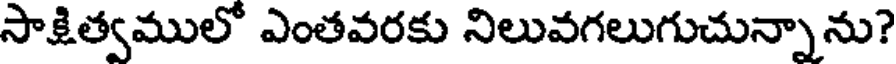
సాక్షిత్వములో ఎంతవరకు నిలువగలుగుచున్నాను?